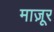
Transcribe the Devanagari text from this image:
माज़ूर